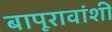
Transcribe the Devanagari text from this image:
बापूरावांशी